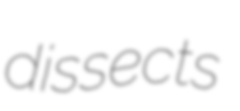
dissects